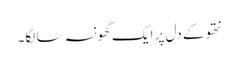
نتھو کے دل پر ایک گھونسہ سا لگا۔